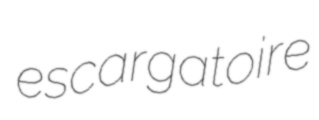
escargatoire